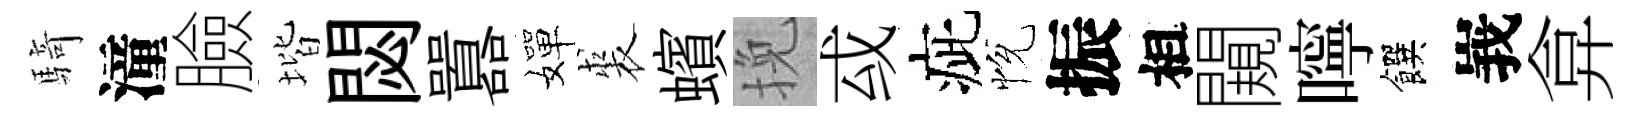
騎潼臉堦閟囂嬋裘蠙挽㦯疵恱振相闚嚀饌峩弇